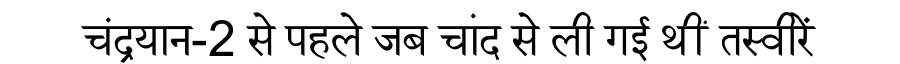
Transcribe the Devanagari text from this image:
चंद्रयान-2 से पहले जब चांद से ली गई थीं तस्वीरें